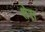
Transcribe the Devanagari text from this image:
शेस